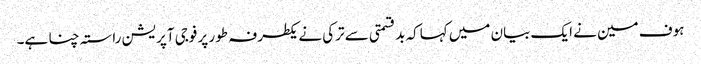
ہوف مین نے ایک بیان میں کہاکہ بدقسمتی سے ترکی نے یکطرفہ طور پر فوجی آپریشن راستہ چنا ہے۔